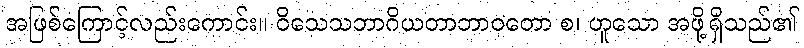
အဖြစ်ကြောင့်လည်းကောင်း။ ဝိသေသဘာဂိယတာဘာဝတော စ၊ ဟူသော အဖို့ရှိသည်၏